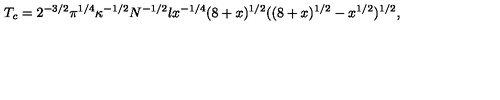
T _ { c } = 2 ^ { - 3 / 2 } \pi ^ { 1 / 4 } \kappa ^ { - 1 / 2 } N ^ { - 1 / 2 } l x ^ { - 1 / 4 } ( 8 + x ) ^ { 1 / 2 } ( ( 8 + x ) ^ { 1 / 2 } - x ^ { 1 / 2 } ) ^ { 1 / 2 } ,